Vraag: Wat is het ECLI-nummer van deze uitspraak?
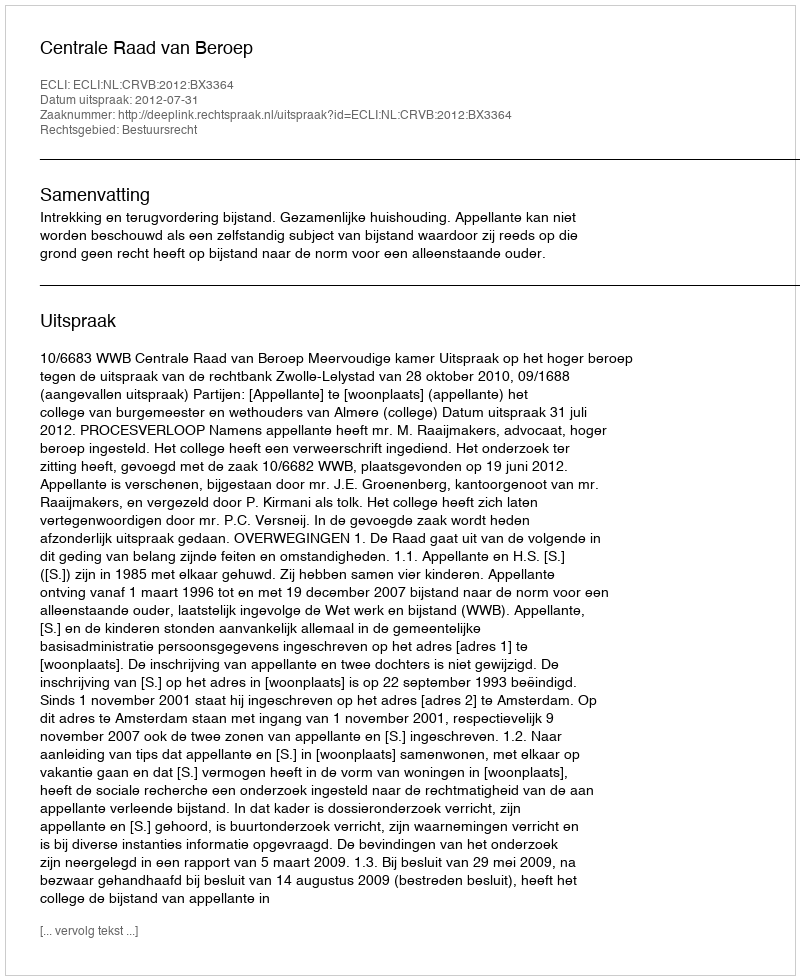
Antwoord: ECLI:NL:CRVB:2012:BX3364